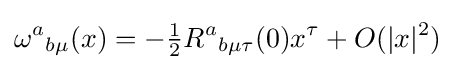
{\omega ^{a}}_{b\mu }(x)=-{\tfrac {1}{2}}{R^{a}}_{b\mu \tau }(0)x^{\tau }+O(|x|^{2})